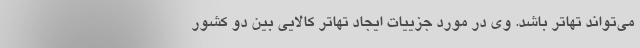
می‌تواند تهاتر باشد. وی در مورد جزییات ایجاد تهاتر کالایی بین دو کشور